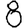
Digit: 8